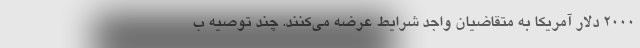
۲۰۰۰ دلار آمریکا به متقاضیان واجد شرایط عرضه می‌کنند. چند توصیه ب